Lunatic asylums Burma 1907-21 - 1907-1921
Year: 1907
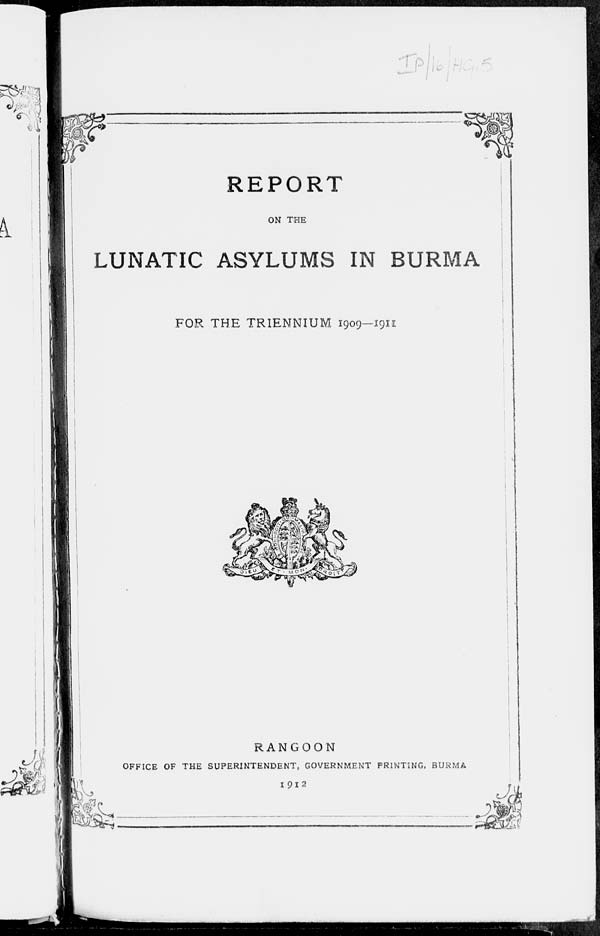
REPORT
ON THE
LUNATIC ASYLUMS IN BURMA
FOR THE TRIENNIUM 1909—1911
RANGOON
OFFICE OF THE SUPERINTENDENT, GOVERNMENT PRINTING, BURMA
1912